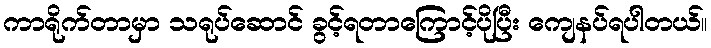
ကာရိုက်တာမှာ သရုပ်ဆောင် ခွင့်ရတာကြောင့်ပိုပြီး ကျေနပ်ရပါတယ်။